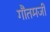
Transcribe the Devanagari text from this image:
गौतमजी